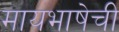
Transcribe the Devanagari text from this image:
मायभाषेची